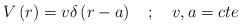
\begin{align*}V\left( r\right) =v\delta \left( r-a\right) \quad ;\quad v,a=cte \end{align*}